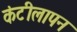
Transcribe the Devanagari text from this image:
कंटीलापन